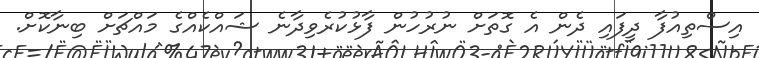
އިސްތިއުފާ ދީފައި ދެން އެ ގޮތަށް ނުރުހުން ފާޅުކުރެވިދާނެ ޝައްކެއްގެ މައްޗަށް ބިނާކޮށް.